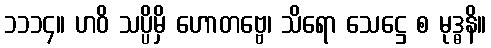
၁၁၁၄။ ဟဝိ သပ္ပိမှိ ဟောတဗ္ဗေ၊ သိရော သေဋ္ဌေ စ မုဒ္ဓနိ။